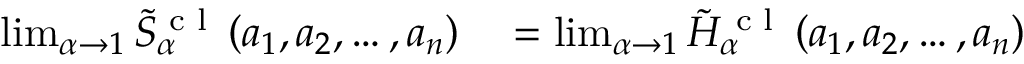
\begin{array} { r l } { \operatorname* { l i m } _ { \alpha \to 1 } \tilde { S } _ { \alpha } ^ { \textrm { c l } } \left( a _ { 1 } , a _ { 2 } , \dots , a _ { n } \right) } & { { } = \operatorname* { l i m } _ { \alpha \to 1 } \tilde { H } _ { \alpha } ^ { \textrm { c l } } \left( a _ { 1 } , a _ { 2 } , \dots , a _ { n } \right) } \end{array}